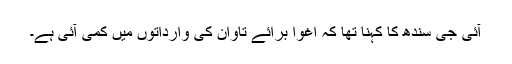
آئی جی سندھ کا کہنا تھا کہ اغوا برائے تاوان کی وارداتوں میں کمی آئی ہے۔